Vaccination North-Western Provinces 1866-1877 - 1866-1877
Year: 1866
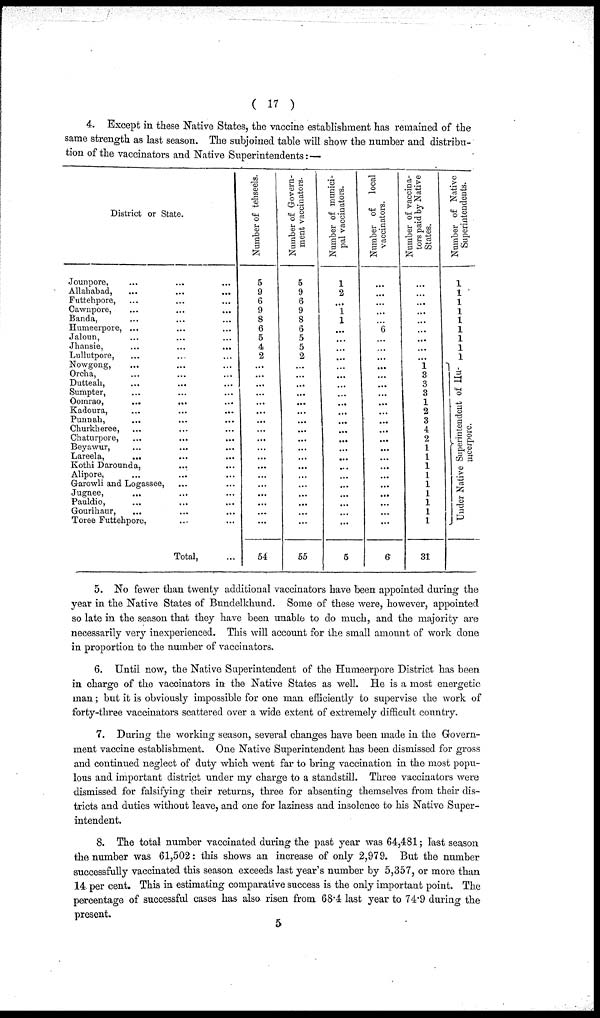
( 17 )
4. Except in these Native States, the vaccine establishment has remained of the
same strength as last season. The subjoined table will show the number and distribu-
tion of the vaccinators and Native Superintendents:—
District or State.
Jounpore,
...
...
...
Allahabad, ... ... ...
Futtehpore, ... ... ...
Cawnpore, ... ... ...
Banda, ... ... ...
Humeerpore, ... ... ...
Jaloun, ... ... ...
Jhansie, ... ... ...
Lullutpore, ... ... ...
Nowgong, ... ... ...
Orcha, ... ... ...
Dutteah, ... ... ...
Sumpter, ... ... ...
Oomrao,
...
... ...
Kadoura, ... ... ...
Punnah, ... ... ...
Churkheree, ... ... ...
Chaturpore, ... ... ...
Beyawur, ... ... ...
Lareela,
... ... ...
Kothi Darounda,
... ...
Alipore, ... ... ...
Garowli and Logassee, ... ...
Jugnee, ... ... ...
Pauldio, ... ... ...
Gourihaur, ... ... ...
Toree Futtehpore, ... ...
Total, ...
Number of tehseels.
5
9
6
9
8
6
5
4
2
...
...
...
...
...
...
...
...
...
...
...
...
...
...
...
...
...
...
54
Number of Govern-
ment vaccinators.
5
9
6
9
8
6
5
5
2
...
...
...
...
...
...
...
...
...
...
...
...
...
...
...
...
...
...
55
Number of munici-
pal vaccinators.
1
2
...
1
1
...
...
...
...
...
...
...
...
...
...
...
...
...
...
...
...
...
...
...
...
...
...
5
Number of
local
vaccinators.
...
...
...
...
...
6
...
...
...
...
...
...
...
...
...
...
...
...
...
...
...
...
...
...
...
...
...
6
Number of vaccina-
tors paid by Native
States.
...
...
...
...
...
...
...
...
...
1 3
3
3
1
2
3
4
2
1
1
1
1
1
1
1
1
1
31
Number of Native
Superintendents.
1
1
1
1
1
1
1
1
1
Under Native Superintendent of Hu¬
meerpore.
5. No fewer than twenty additional vaccinators have been appointed during the
year in the Native States of Bundelkhund. Some of these were, however, appointed
so late in the season that they have been unable to do much, and the majority are
necessarily very inexperienced. This will account for the small amount of work done
in proportion to the number of vaccinators.
6. Until now, the Native Superintendent of the Humeerpore District has been
in charge of the vaccinators in the Native States as well. He is a most energetic
man; but it is obviously impossible for one man efficiently to supervise the work of
forty-three vaccinators scattered over a wide extent of extremely difficult country.
7. During the working season, several changes have been made in the Govern-
ment vaccine establishment. One Native Superintendent has been dismissed for gross
and continued neglect of duty which went far to bring vaccination in the most popu-
lous and important district under my charge to a standstill. Three vaccinators were
dismissed for falsifying their returns, three for absenting themselves from their dis-
tricts and duties without leave, and one for laziness and insolence to his Native Super-
intendent.
8. The total number vaccinated during the past year was 64,481; last season
the number was 61,502: this shows an increase of only 2,979. But the number
successfully vaccinated this season exceeds last year's number by 5,357, or more than
14 per cent. This in estimating comparative success is the only important point. The
percentage of successful cases has also risen from 68.4 last year to 74.9 during the
present.
5